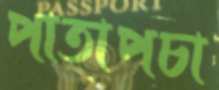
পাতাপচা